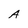
Character: A